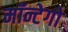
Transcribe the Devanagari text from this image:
मॉन्टेगो